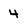
Character: 4